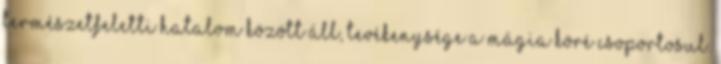
természetfeletti hatalom között áll, tevékenysége a mágia köré csoportosul.